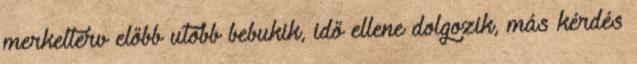
merkelterv előbb utóbb bebukik, idő ellene dolgozik, más kérdés